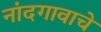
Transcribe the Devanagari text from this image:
नांदगावाचे